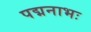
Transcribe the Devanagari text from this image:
पद्मनाभः